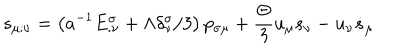
LaTeX: s _ { \mu ; \nu } = \left( a ^ { - 1 } E _ { . \nu } ^ { \sigma } + \Lambda \delta _ { \nu } ^ { \sigma } / 3 \right) p _ { \sigma \mu } + \frac { \Theta } { 3 } u _ { \mu } s _ { \nu } - u _ { \nu } \dot { s } _ { \mu }